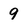
Character: 9